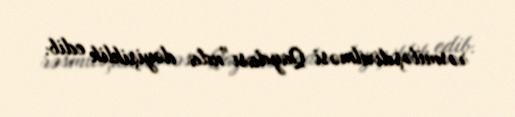
rəsmiləşdirilməsi Qaydası”nda dəyişiklik edib.